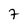
Character: 7